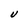
Character: U